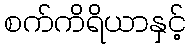
စက်ကိရိယာနှင့်